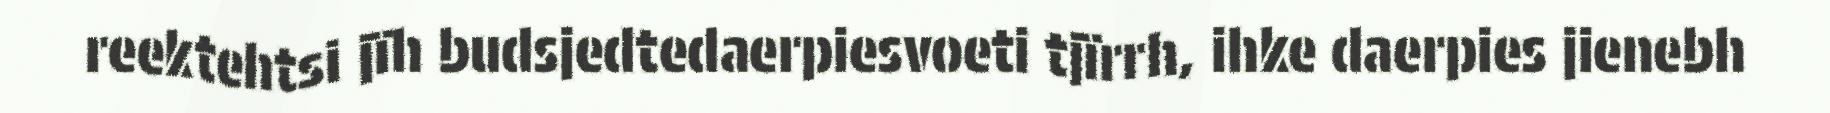
reektehtsi jïh budsjedtedaerpiesvoeti tjïrrh, ihke daerpies jienebh